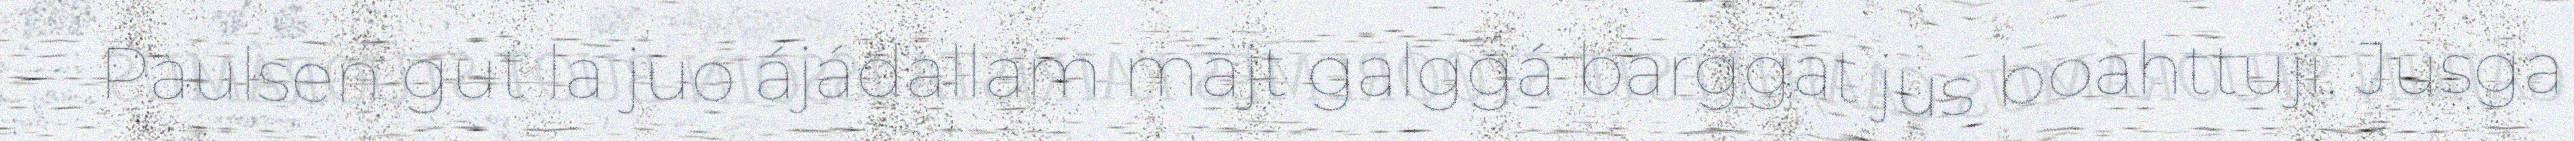
Paulsen gut la juo ájádallam majt galggá barggat jus boahttuji. Jusga